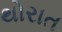
થોરાત